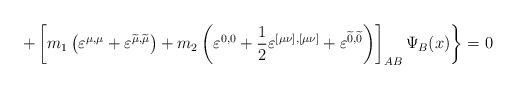
\begin{align*}+\left[ m_1\left( \varepsilon ^{\mu ,\mu }+\varepsilon^{\widetilde{\mu }, \widetilde{\mu }}\right) +m_2\left(\varepsilon ^{0,0}+\frac 12\varepsilon ^{[\mu \nu ],[\mu \nu]}+\varepsilon ^{\widetilde{0},\widetilde{0}}\right) \right]_{AB}\Psi _B(x)\biggr \}=0 \end{align*}